Civil Veterinary Dept. Bombay admin report 1907-1913 - 1907-1913
Year: 1907
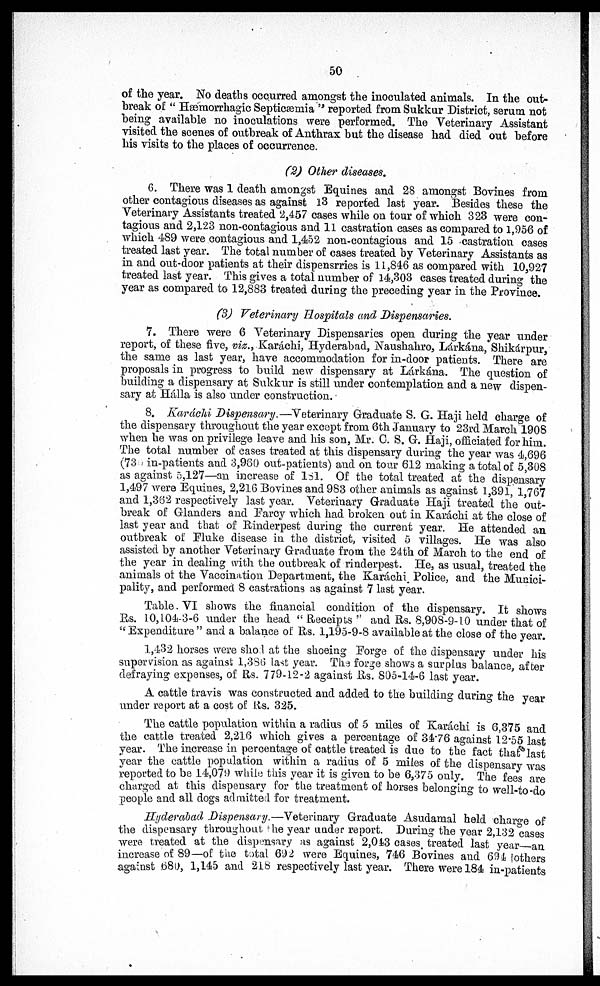
50
of the year. No deaths occurred amongst the inoculated animals. In the out-
break of " Hæmorrhagic Septicæmia " reported from Sukkur District, serum not
being available no inoculations were performed. The Veterinary Assistant
visited the scenes of outbreak of Anthrax but the disease had died out before
his visits to the places of occurrence.
(2) Other diseases.
6. There was 1 death amongst Equines and 28 amongst Bovines from
other contagious diseases as against 13 reported last year. Besides these the
Veterinary Assistants treated 2,457 oases while on tour of which 323 were con-
tagious and 2,123 non-contagious and 11 castration cases as compared to 1,956 of
which 489 were contagious and 1,452 non-contagious and 15 castration oases
treated last year. The total number of oases treated by Veterinary Assistants as
in and out-door patients at their dispensrries is 11,846 as compared with 10,927
treated last year. This gives a total number of 14,303 cases treated during the
year as compared to 12,883 treated during the preceding year in the Province.
(3) Veterinary Hospitals and Dispensaries.
7. There were 6 Veterinary Dispensaries open during the year under
report, of these five, viz., Karáchi, Hyderabad, Naushahro, Lárkána, Shikárpur,
the same as last year, have accommodation for in-door patients. There are
proposals in progress to build new dispensary at Lárkána. The question of
building a dispensary at Sukkur is still under contemplation and a new dispen-
sary at Hálla is also under construction.
8. Karáchi Dispensary.—Veterinary Graduate S. G. Haji held charge of
the dispensary throughout the year except from 6th January to 23rd March 1908
when he was on privilege leave and his son, Mr. 0. S. G. Haji, officiated for him.
The total number of cases treated at this dispensary during the year was 4,696
(73 in-patients and 3,980 out-patients) and on tour 612 making a total of 5,308
as against 5,127—an increase of 151. Of the total treated at the dispensary
1,497 were Equines, 2,216 Bovines and 983 other animals as against 1,391, 1,767
and 1,362 respectively last year. Veterinary Graduate Haji treated the out-
break of Glanders and Farcy which had broken out in Karachi at the close of
last year and that of Rinderpest during the current year. He attended an
outbreak of Fluke disease in the district, visited 5 villages. He was also
assisted by another Veterinary Graduate from the 24th of March to the end of
the year in dealing with the outbreak of rinderpest. He, as usual, treated the
animals of the Vaccination Department, the Karáchi. Police, and the Munici-
pality, and performed 8 castrations as against 7 last year.
Table. VI shows the financial condition of the dispensary. It shows
Rs. 10,104-3-6 under the head "Receipts" and Rs. 8,908-9-10 under that of
" Expenditure " and a balance of Rs. 1,195-9-8 available at the close of the year.
1,432 horses were shol at the shoeing Forge of the dispensary under his
supervision as against 1,386 last year. The forge shows a surplus balance, after
defraying expenses, of Rs. 779-12-2 against Rs. 805-14-6 last year.
A cattle travis was constructed and added to the building during the year
under report at a cost of lis. 325.
The cattle population within a radius of 5 miles of Karáchi is 6,375 and
the cattle treated 2,216 which gives a percentage of 3476 against 12.55 last
year. The increase in percentage of cattle treated is due to the fact that last
year the cattle population within a radius of 5 miles of the dispensary was
reported to be 14,079 while this year it is given to be 6,375 only. The fees are
charged at this dispensary for the treatment of horses belonging to well-to-do
people and all dogs admitted for treatment.
Hyderabad Dispensary.—Veterinary Graduate Asudamal held charge of
the dispensary throughout the year under report. During the year 2,132 cases
were treated at the dispensary as against 2,043 cases, treated last year—an
increase of 89—of the total 692 were Equines, 746 Bovines and 694 (others
against 680, 1,145 and 218 respectively last year. There were 184 in-patients